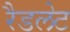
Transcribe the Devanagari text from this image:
रैडलेट